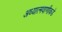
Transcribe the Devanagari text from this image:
अध्यात्मवाणीकडे